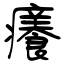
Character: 癢